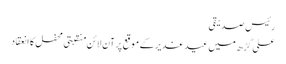
رئیس صدیقی
علی گڑھ میں عید غدیر کے موقع پرآن لائن منقبتی محفل کا انعقاد